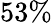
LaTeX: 53\%